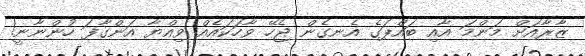
ޒާރާއަށް މަންމަ އާއި ބައްޕަގެ އެނގެން ޖެހޭ ވާހަކައެއް ވިއްޔާ އަންގާފަ ހުންނާނީ!